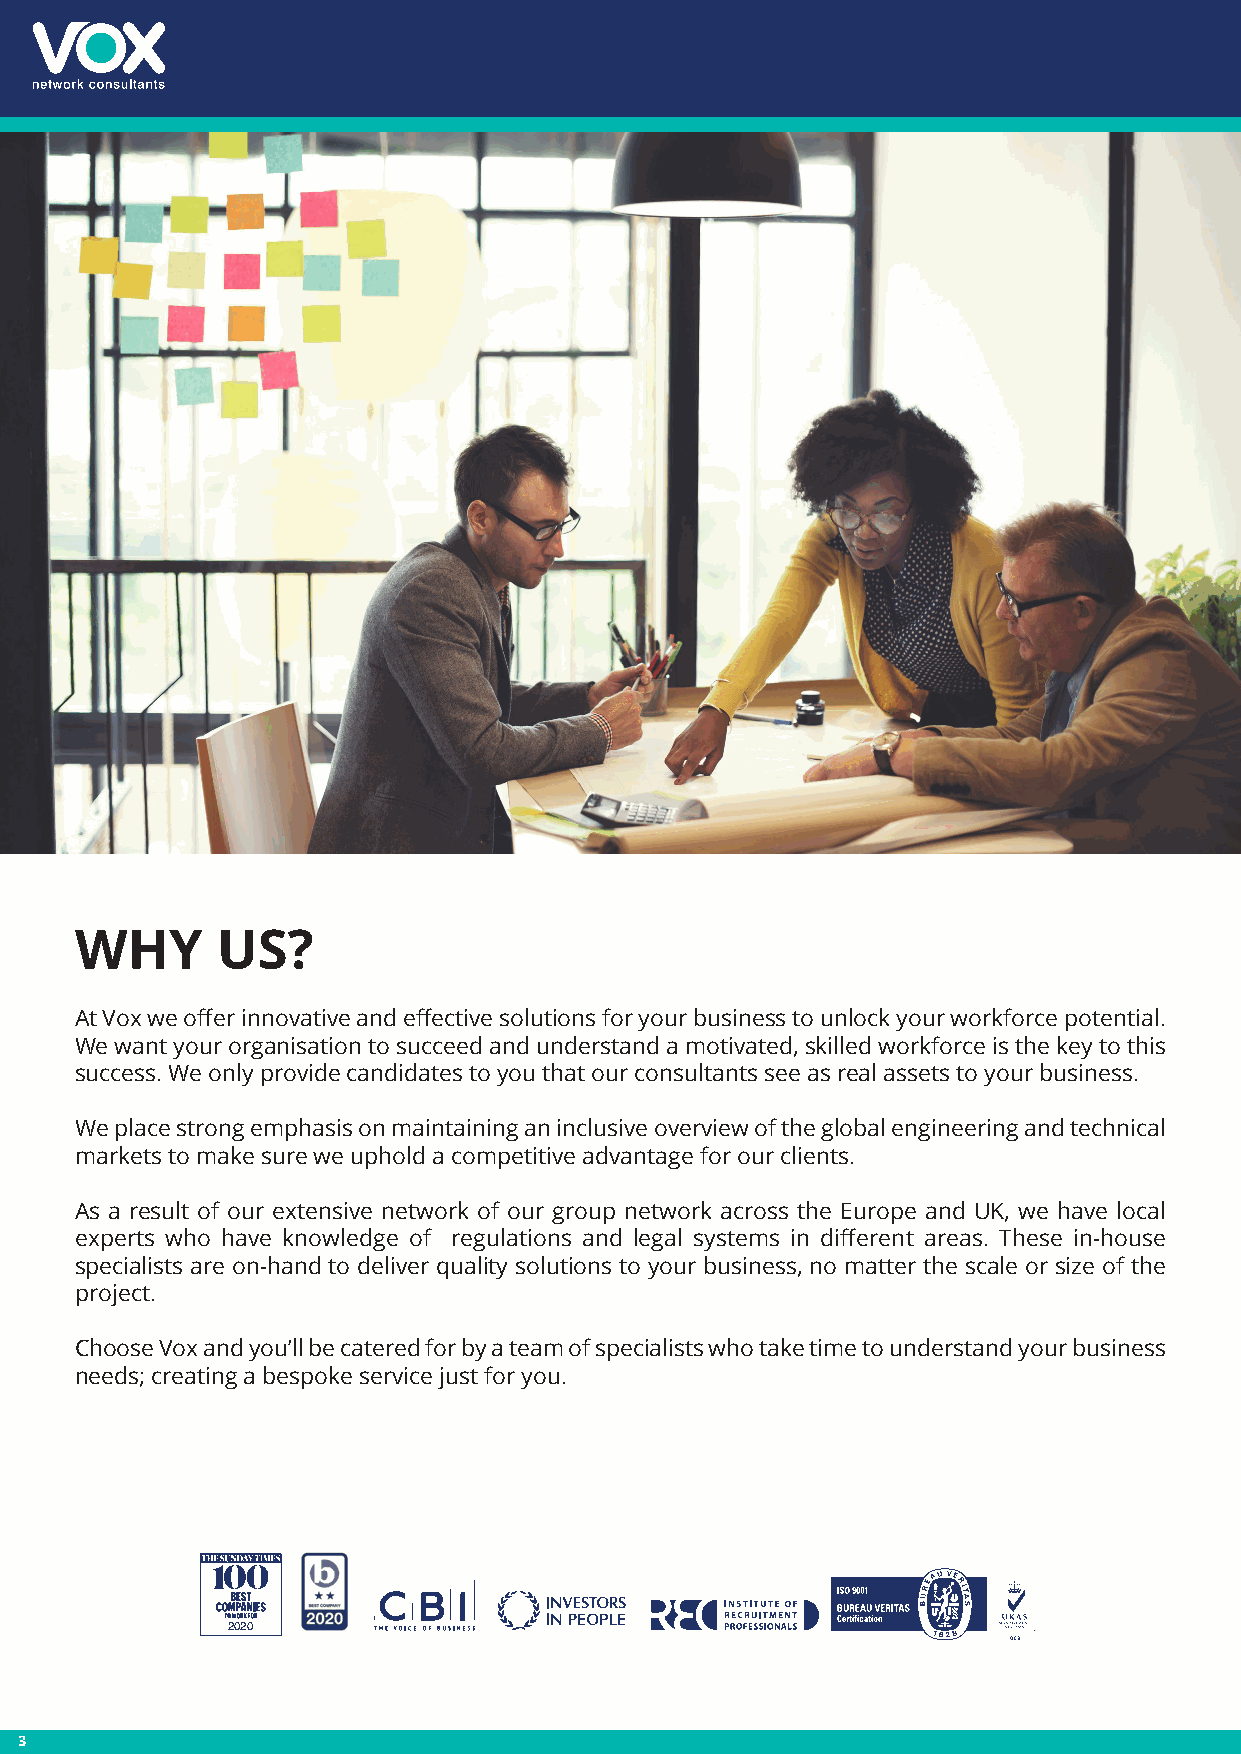
WHY      US?
 At Vox we offer innovative and effective solutions for your business to unlock your workforce potential.
 We want your organisation to succeed and understand a motivated, skilled workforce is the key to this
 success. We only provide candidates to you that our consultants see as real assets to your business.
 We place strong emphasis on maintaining an inclusive overview of the global engineering and technical
 markets to make sure we uphold a competitive advantage for our clients.
 As a result of our extensive network of our group network across the Europe and UK, we have local
 experts who have knowledge of regulations and legal systems in different areas. These in-house
 specialists are on-hand to deliver quality solutions to your business, no matter the scale or size of the
 project.
 Choose Vox and you’ll be catered for by a team of specialists who take time to understand your business
 needs; creating a bespoke service just for you.
 2020
 3